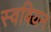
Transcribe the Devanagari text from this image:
स्वबियन